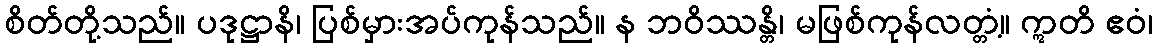
စိတ်တို့သည်။ ပဒုဋ္ဌာနိ၊ ပြစ်မှားအပ်ကုန်သည်။ န ဘဝိဿန္တိ၊ မဖြစ်ကုန်လတ္တံ့။ ဣတိ ဧဝံ၊